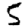
Digit: 5